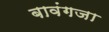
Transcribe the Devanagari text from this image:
बावंगजा